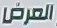
العرض